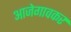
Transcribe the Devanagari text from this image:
आजेगावकर